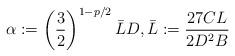
LaTeX: \begin{align*} \alpha := \left(\frac{3}{2}\right)^{1-p/2}\bar{L}D, \bar{L} := \frac{27CL}{2D^2B}\end{align*}